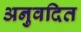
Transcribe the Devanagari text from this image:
अनुवदित